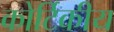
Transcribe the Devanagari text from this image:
कोर्टिकीय